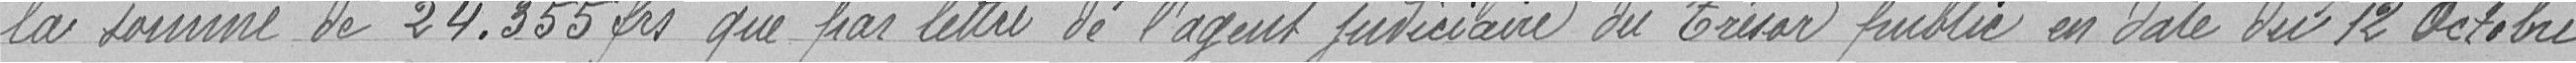
la somme de 24.355 francs que par lettre de l'agent judiciaire du Trésor public en date du 12 octobre